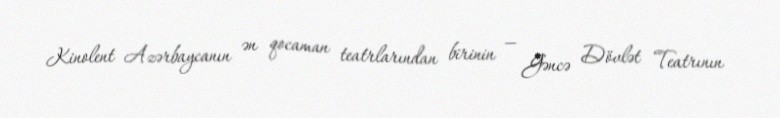
Kinolent Azərbaycanın ən qocaman teatrlarından birinin — Gəncə Dövlət Teatrının